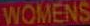
WOMENS